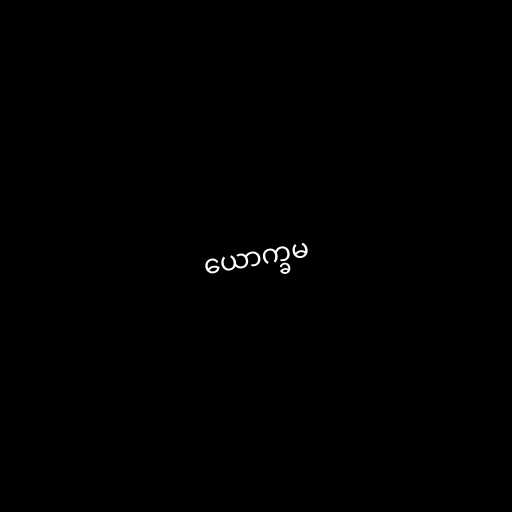
ယောက္ခမ